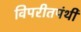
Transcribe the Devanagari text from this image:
विपरीतपंथी